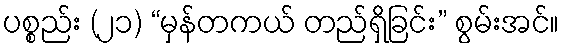
ပစ္စည်း (၂၁) “မှန်တကယ် တည်ရှိခြင်း” စွမ်းအင်။